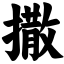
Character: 撒